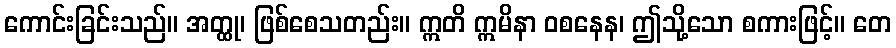
ကောင်းခြင်းသည်။ အတ္ထု၊ ဖြစ်စေသတည်း။ ဣတိ ဣမိနာ ဝစနေန၊ ဤသို့သော စကားဖြင့်။ တေ